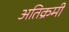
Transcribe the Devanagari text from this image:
अतिक्रमी